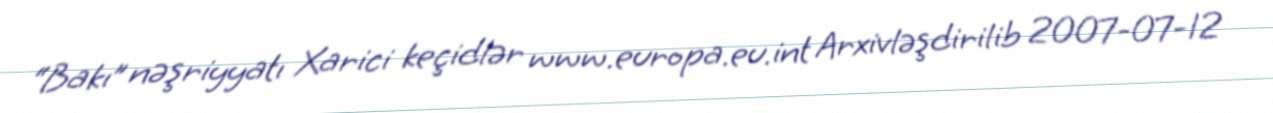
“Bakı” nəşriyyatı Xarici keçidlər www.europa.eu.int Arxivləşdirilib 2007-07-12